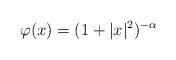
LaTeX: \begin{align*}\varphi (x) = (1+|x|^2)^{- \alpha}\end{align*}